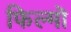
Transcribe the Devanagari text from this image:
फिल्मॊ